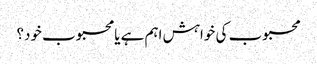
محبوب کی خواہش اہم ہے یا محبوب خود؟